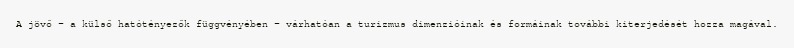
A jövő – a külső hatótényezők függvényében – várhatóan a turizmus dimenzióinak és formáinak további kiterjedését hozza magával.